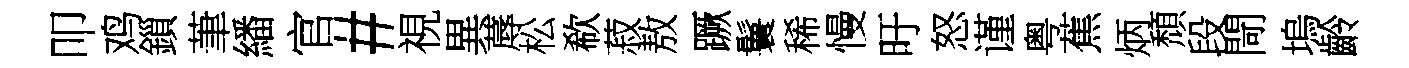
叩鸡鎻茟繙官#視異蓐松欷菽敖蹶鬟稀慢旴怒谨粤蕉炳頹段閜塢齡